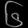
Digit: ၆